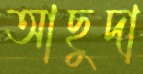
আছুদা